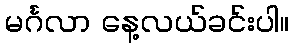
မင်္ဂလာ နေ့လယ်ခင်းပါ။